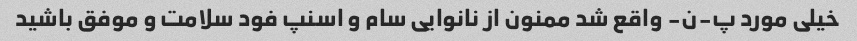
خیلی مورد پ-ن- واقع شد ممنون از نانوایی سام و اسنپ فود سلامت و موفق باشید